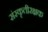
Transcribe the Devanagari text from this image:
संस्कृतीरक्षक